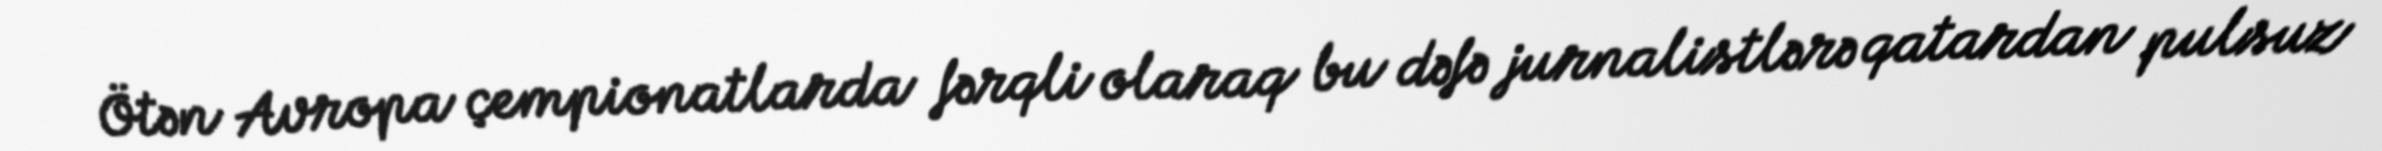
Ötən Avropa çempionatlarda fərqli olaraq bu dəfə jurnalistlərə qatardan pulsuz